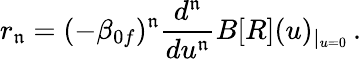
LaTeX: r_{\mathfrak{n}}=(-\beta_{0f})^{\mathfrak{n}}\frac{{d^{\mathfrak{n}}}}{{du^{\mathfrak{n}}}}B[R](u)_{|_{u=0}}\, .